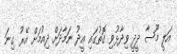
އަލީ މޫސާ ދީދީ ވިދާޅުވި ގޮތުގައި އީދު ނަމާދަށް ދިއުމަށް އޭރު ގިނަ